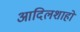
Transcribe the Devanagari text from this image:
आदिलशाहों